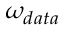
\omega _ { d a t a }